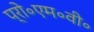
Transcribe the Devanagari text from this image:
प्रो॰एम॰वी॰